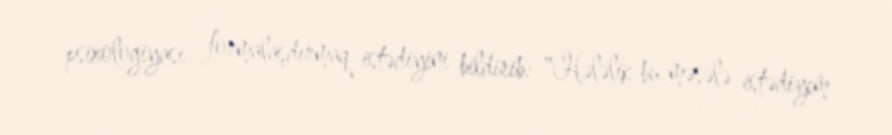
psixologiyası formalaşdırmaq istədiyini bildirib: "Hələlik bu məsələ istədiyim